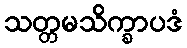
သတ္တမသိက္ခာပဒံ